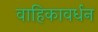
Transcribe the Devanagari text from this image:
वाहिकावर्धन